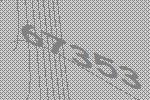
67353